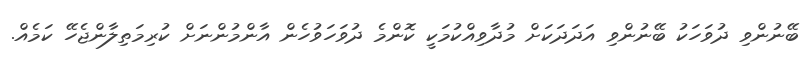
ބޭނުންވި ދުވަހަކު ބޭނުންވި އަދަދަކަށް މުދާވިއްކުމަކީ ކޮންމެ ދުވަހަވުހެން އާންމުންނަށް ކުރިމަތިލާންޖެހޭ ކަމެއް.